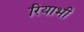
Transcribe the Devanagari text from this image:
रियाभी